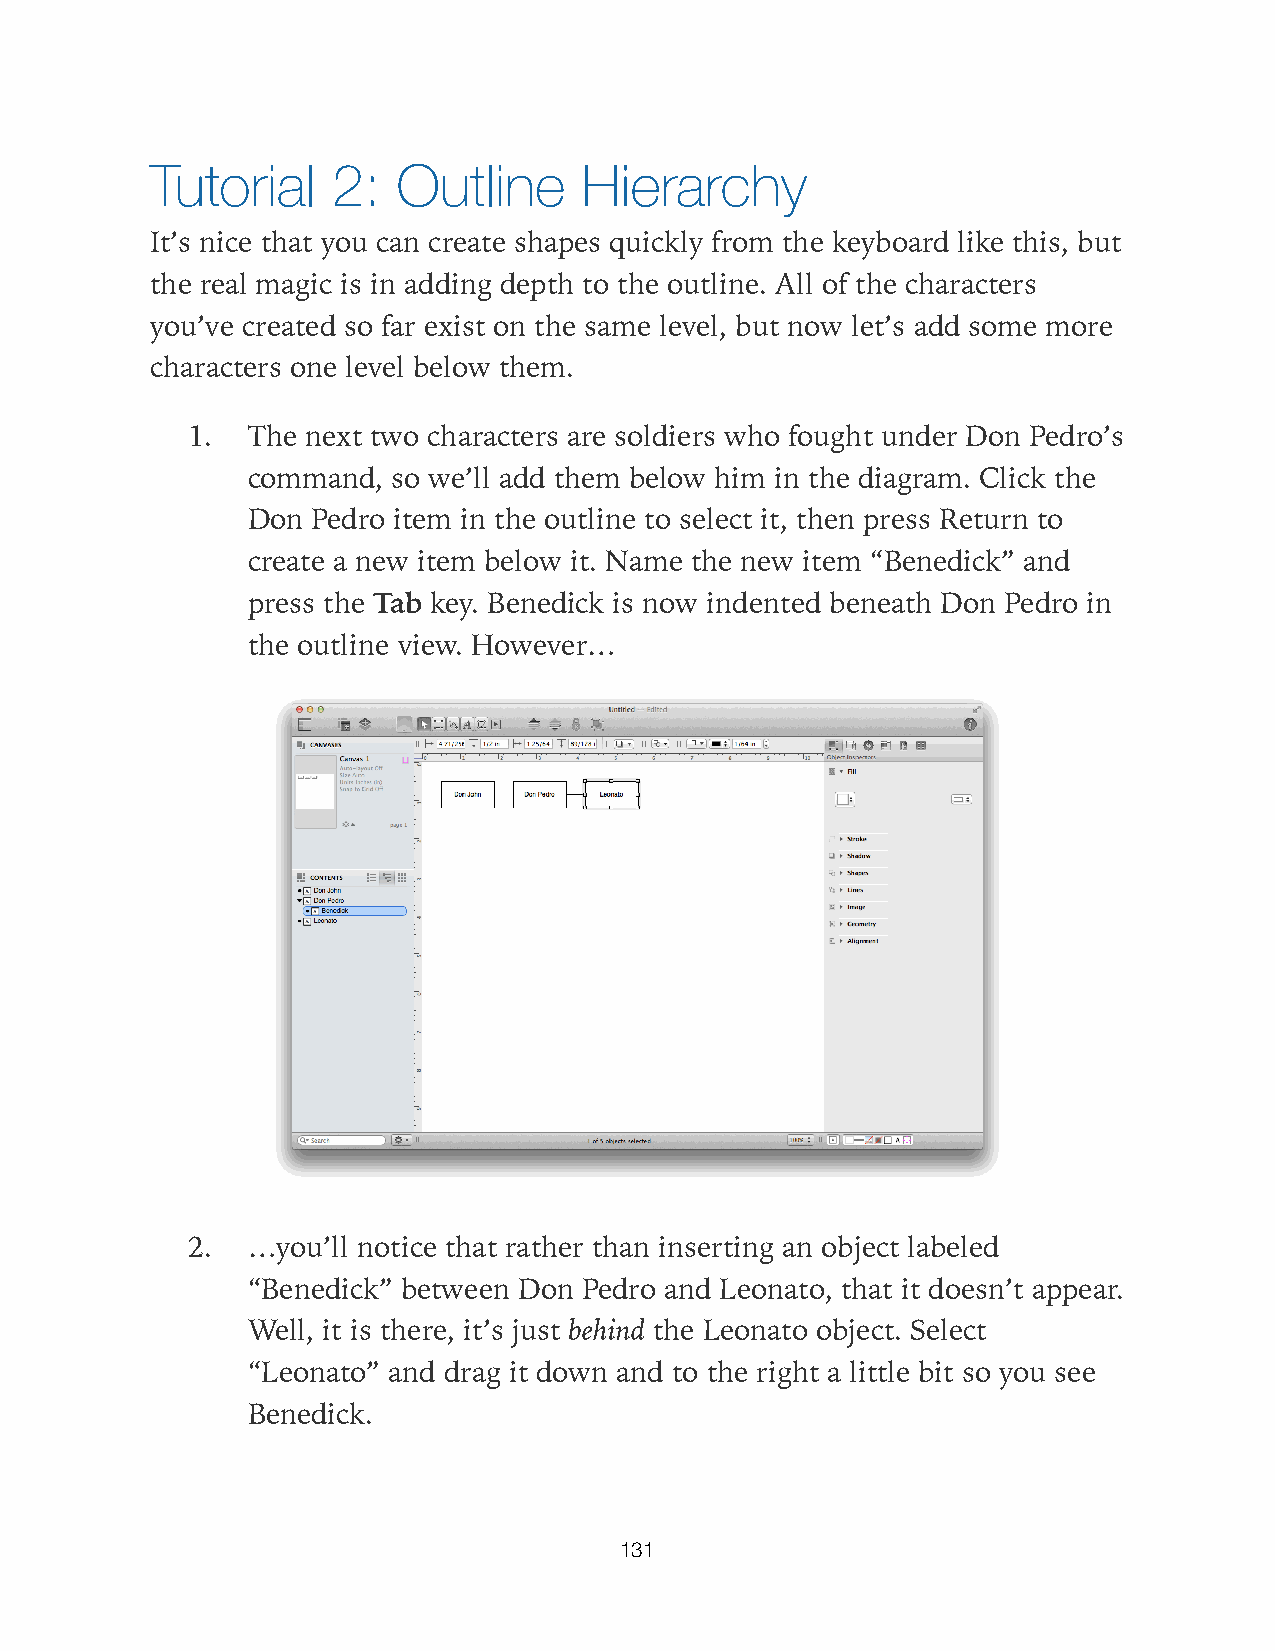
Tutorial    2:  Outline      Hierarchy
 It’s nice that you can create shapes quickly from the keyboard like this, but
 the real magic is in adding depth to the outline. All of the characters
 you’ve created so far exist on the same level, but now let’s add some more
 characters one level below them.
 1.  The next two characters are soldiers who fought under Don Pedro’s
 command,  so we’ll add them below him in the diagram. Click the
 Don  Pedro item in the outline to select it, then press Return to
 create a new item below it. Name the new item “Benedick” and
 press the Tab key. Benedick is now indented beneath Don Pedro in
 the outline view. However…
 2.  …you’ll notice that rather than inserting an object labeled
 “Benedick” between Don Pedro and Leonato, that it doesn’t appear.
 Well, it is there, it’s just behind the Leonato object. Select
 “Leonato” and drag it down and to the right a little bit so you see
 Benedick.
 131